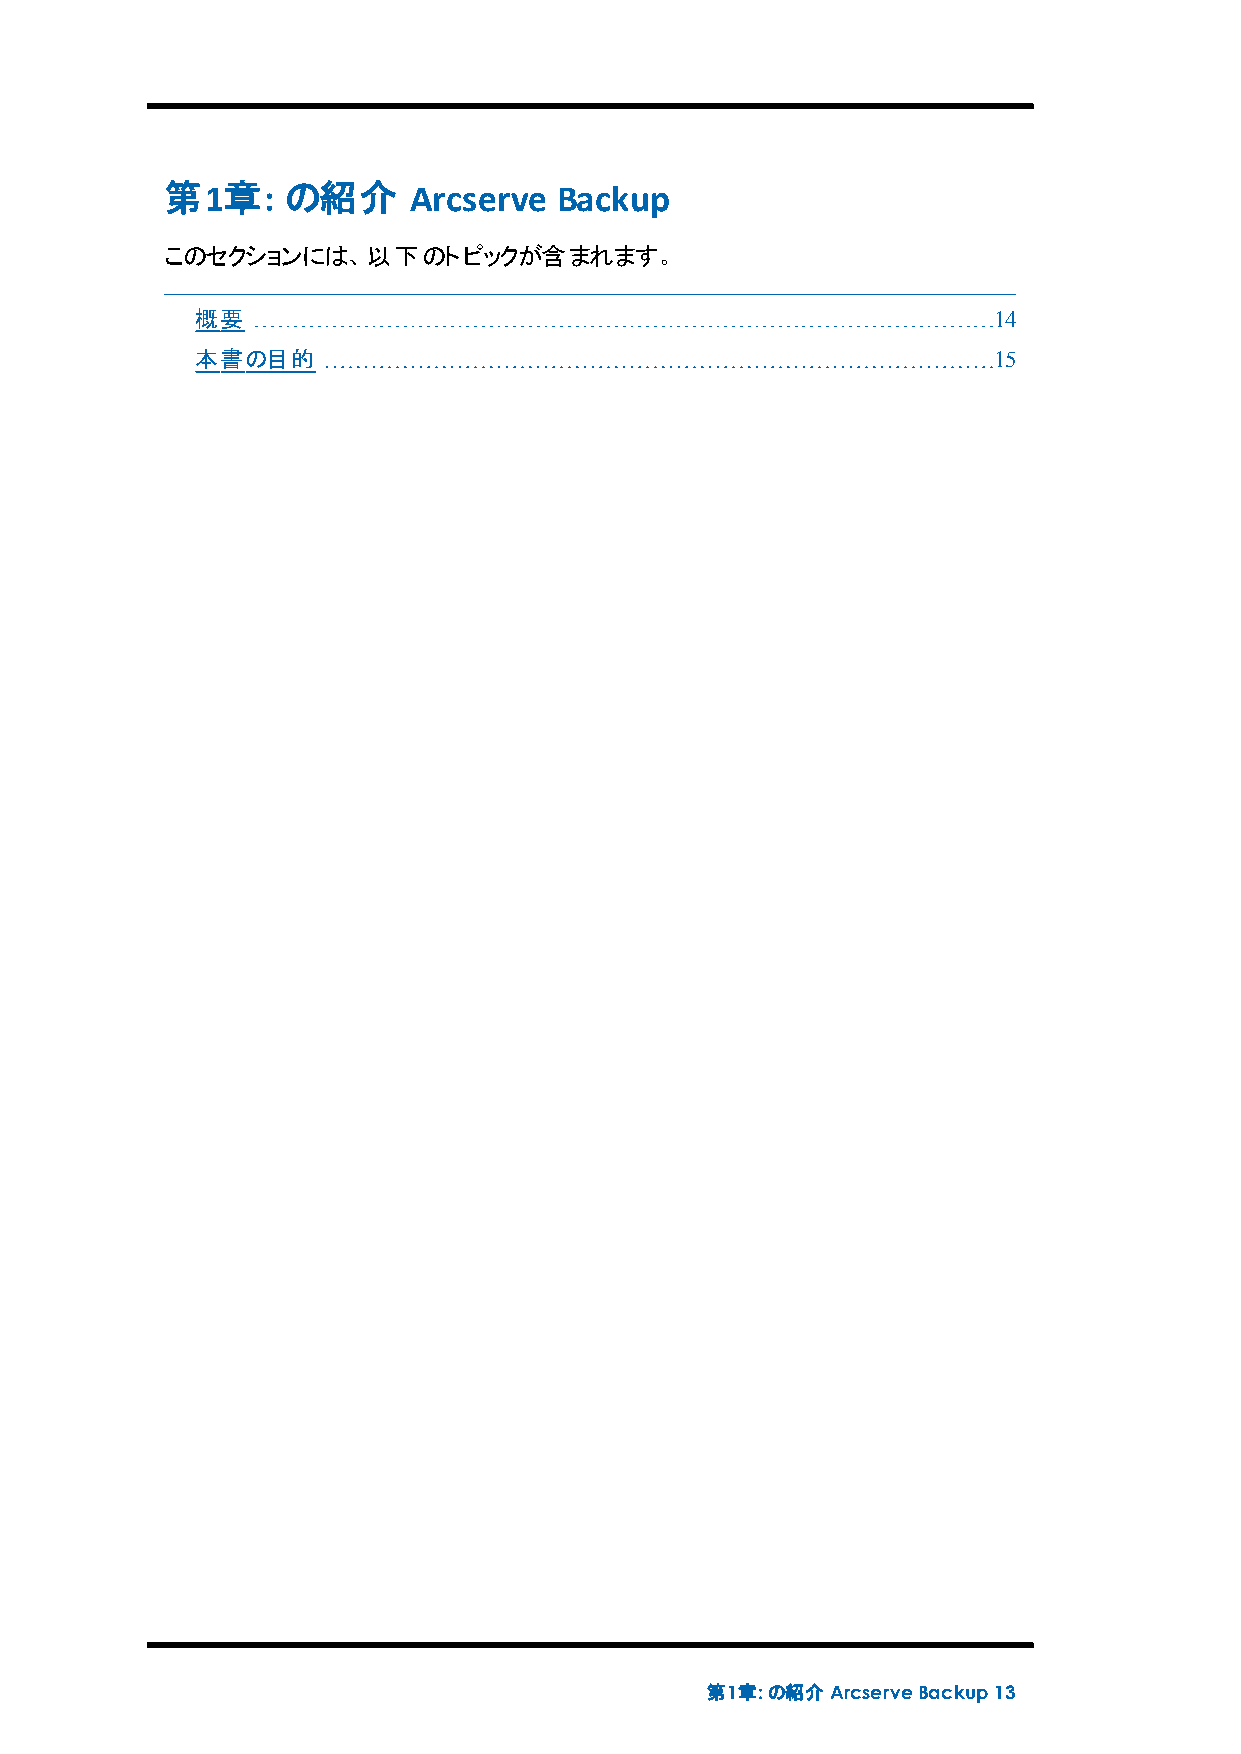
第1章:    の紹介     Arcserve  Backup
 このセクションには、以下のトピックが含まれます。
 概要                                                   14
 本書の目的                                                15
 第1章:の紹介ArcserveBackup 13